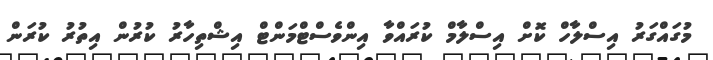
މުގައްގަރު އިސްލާހް ކޮށް އިސްލާމް ކުރައްވާ އިންވެސްޓްމަންޓް އިޝްތިހާރު ކުރުން އިތުރު ކުރަން